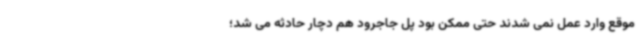
موقع وارد عمل نمی شدند حتی ممکن بود پل جاجرود هم دچار حادثه می شد؛